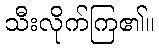
သီးလိုက်ကြ၏။